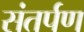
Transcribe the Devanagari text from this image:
संतर्पण